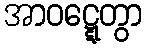
အာဝဋ္ဋေတွာ